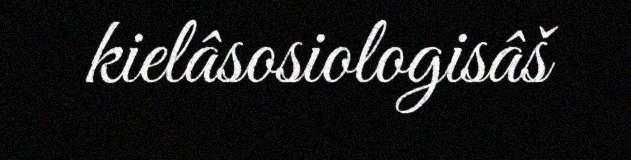
kielâsosiologisâš